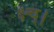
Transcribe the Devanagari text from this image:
क्ष्च्।